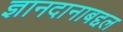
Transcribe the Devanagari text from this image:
ज्ञानदानाबद्दल